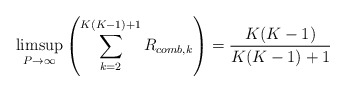
\begin{align*}\medmuskip=0mu\thinmuskip=0mu\thickmuskip=0mu\limsup_{P\rightarrow \infty}\left(\sum_{k=2}^{K(K-1)+1} R_{comb,k}\right)=\frac{K(K-1)}{K(K-1)+1}\end{align*}